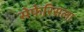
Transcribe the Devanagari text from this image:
सेफेरिसला